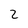
Character: 2